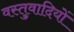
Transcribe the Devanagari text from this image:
वस्तुवादियों